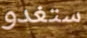
ستغدو